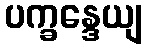
ပက္ခန္ဒေယျ